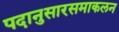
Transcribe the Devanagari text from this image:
पदानुसारसमाकलन